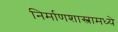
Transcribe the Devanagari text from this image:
निर्माणशास्त्रामध्ये